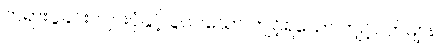
တရားပွဲခင်းကျင်းပုံနှင့် ပွဲဝင်သော် ကျင့်ရသော ကျင့်ဝတ်များ